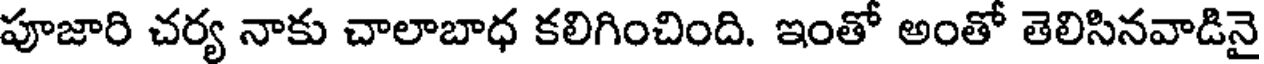
పూజారి చర్య నాకు చాలాబాధ కలిగించింది. ఇంతో అంతో తెలిసినవాడినై